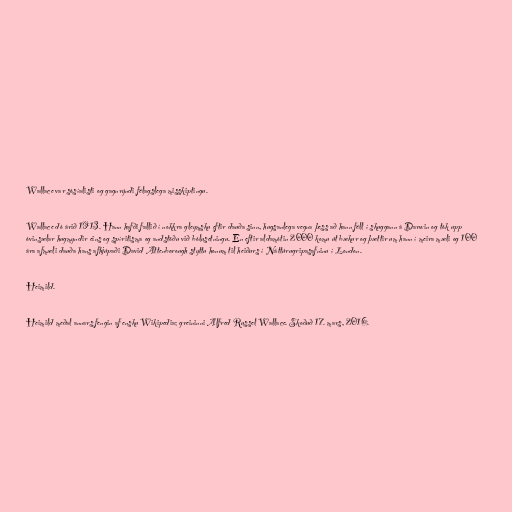
Wallace var sósíalisti og gagnrýndi félagslega misskiptingu.

Wallace dó árið 1913. Hann hafði fallið í nokkra gleymsku eftir dauða sinn, hugsanlega vegna þess að hann féll í skuggann á Darwin og tók upp
óvinsælar hugmyndir eins og spíritisma og andstöðu við bólusetningu. En eftir aldamótin 2000 komu út bækur og þættir um hann í meira mæli og 100
ára afmæli dauða hans afhjúpaði David Attenborough styttu honum til heiðurs í Náttúrugripasafninu í London.

Heimild.

Heimild meðal annars fengin af ensku Wikipedia; greininni Alfred Russel Wallace. Skoðuð 17. mars, 2016.